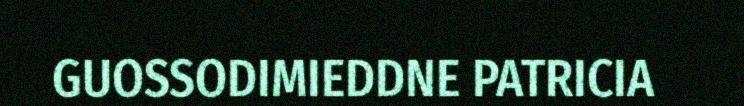
GUOSSODIMIEDDNE PATRICIA